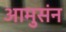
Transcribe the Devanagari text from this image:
आमुसंन